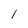
Character: 1